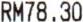
RM78.30